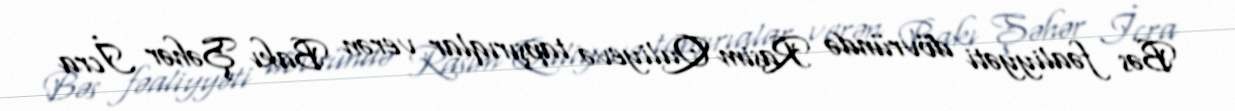
Bəs fəaliyyəti dövründə Rasim Quliyevə tapşırıqlar verən Bakı Şəhər İcra